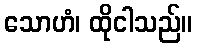
သောဟံ၊ ထိုငါသည်။